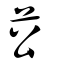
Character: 𦬘